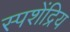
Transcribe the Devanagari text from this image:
स्पशेंद्रिय